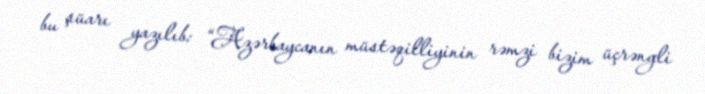
bu şüarı yazılıb: “Azərbaycanın müstəqilliyinin rəmzi bizim üçrəngli